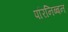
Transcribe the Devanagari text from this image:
परिनिब्बन